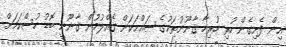
އިން ފެށިގެން ހުރި ހުރިހާ ޤާނޫނުތަކުގެ ޞައްޙަކަން ގެއްލުމުން ޤާނޫނީ ބޮޑު ހުސްކަމަށް